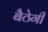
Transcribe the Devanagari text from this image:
बैठेगी